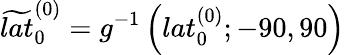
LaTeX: \widetilde{lat}_{0}^{(0)}=g^{-1}\left(lat_{0}^{(0)};-90,90\right)